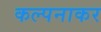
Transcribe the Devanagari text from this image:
कल्पनाकर